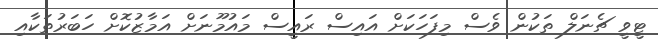
ޓީވީ ޗެނަލް ތަކުން ވެސް މިފަހަކަށް އައިސް ރައީސް މައުމޫނަށް އަމާޒުކޮށް ހަބަރުތަކާއި